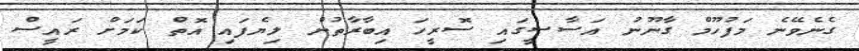
ގެނެވޭނެ މަފުހޫމް ގާނޫނު އަސާސީގައި ސޮރީހަ އިބާރާތުން ލިޔެފައި އޮތް ކަމަށް ރައީސް